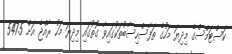
ކަސްޓަމްސްގެ މިދިޔަ މަހުގެ ތަފާސްހިސާބުތަކުގައިވާ ގޮތުގައި މިދިޔަ މަހު ރާއްޖެ އަށް 547.5